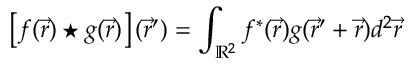
\left[ f ( \vec { r } ) \star g ( \vec { r } ) \right] ( \vec { r } ^ { \prime } ) = \int _ { \mathbb { R } ^ { 2 } } f ^ { * } ( \vec { r } ) g ( \vec { r } ^ { \prime } + \vec { r } ) d ^ { 2 } \vec { r }